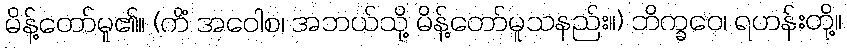
မိန့်တော်မူ၏။ (ကိံ အဝေါစ၊ အဘယ်သို့ မိန့်တော်မူသနည်း။) ဘိက္ခဝေ၊ ရဟန်းတို့။